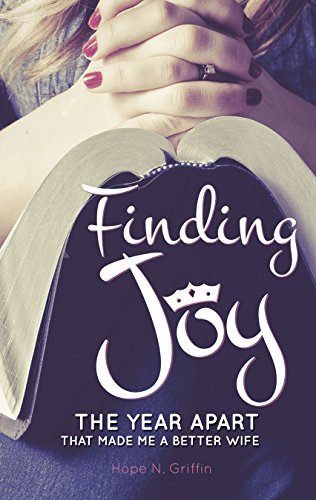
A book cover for Finding Joy: The Year Apart That Made Me a Better Wife; Hope N. Griffin; Parenting & Relationships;